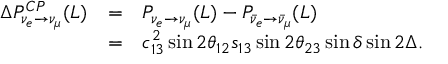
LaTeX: \begin{array} { r c l } { { \Delta P _ { \nu _ { e } \to \nu _ { \mu } } ^ { C P } ( L ) } } & { { = } } & { { P _ { \nu _ { e } \to \nu _ { \mu } } ( L ) - P _ { \bar { \nu } _ { e } \to \bar { \nu } _ { \mu } } ( L ) } } \\ { { } } & { { = } } & { { c _ { 1 3 } ^ { 2 } \sin 2 \theta _ { 1 2 } s _ { 1 3 } \sin 2 \theta _ { 2 3 } \sin \delta \sin 2 \Delta . } } \end{array}